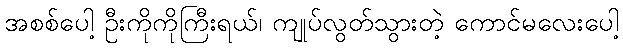
အစစ်ပေါ့ ဦးကိုကိုကြီးရယ်၊ ကျုပ်လွတ်သွားတဲ့ ကောင်မလေးပေါ့